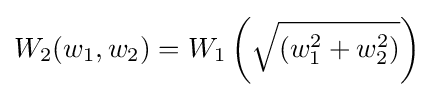
W_{2}(w_{1},w_{2})=W_{1}\left({\sqrt {(w_{1}^{2}+w_{2}^{2})}}\right)